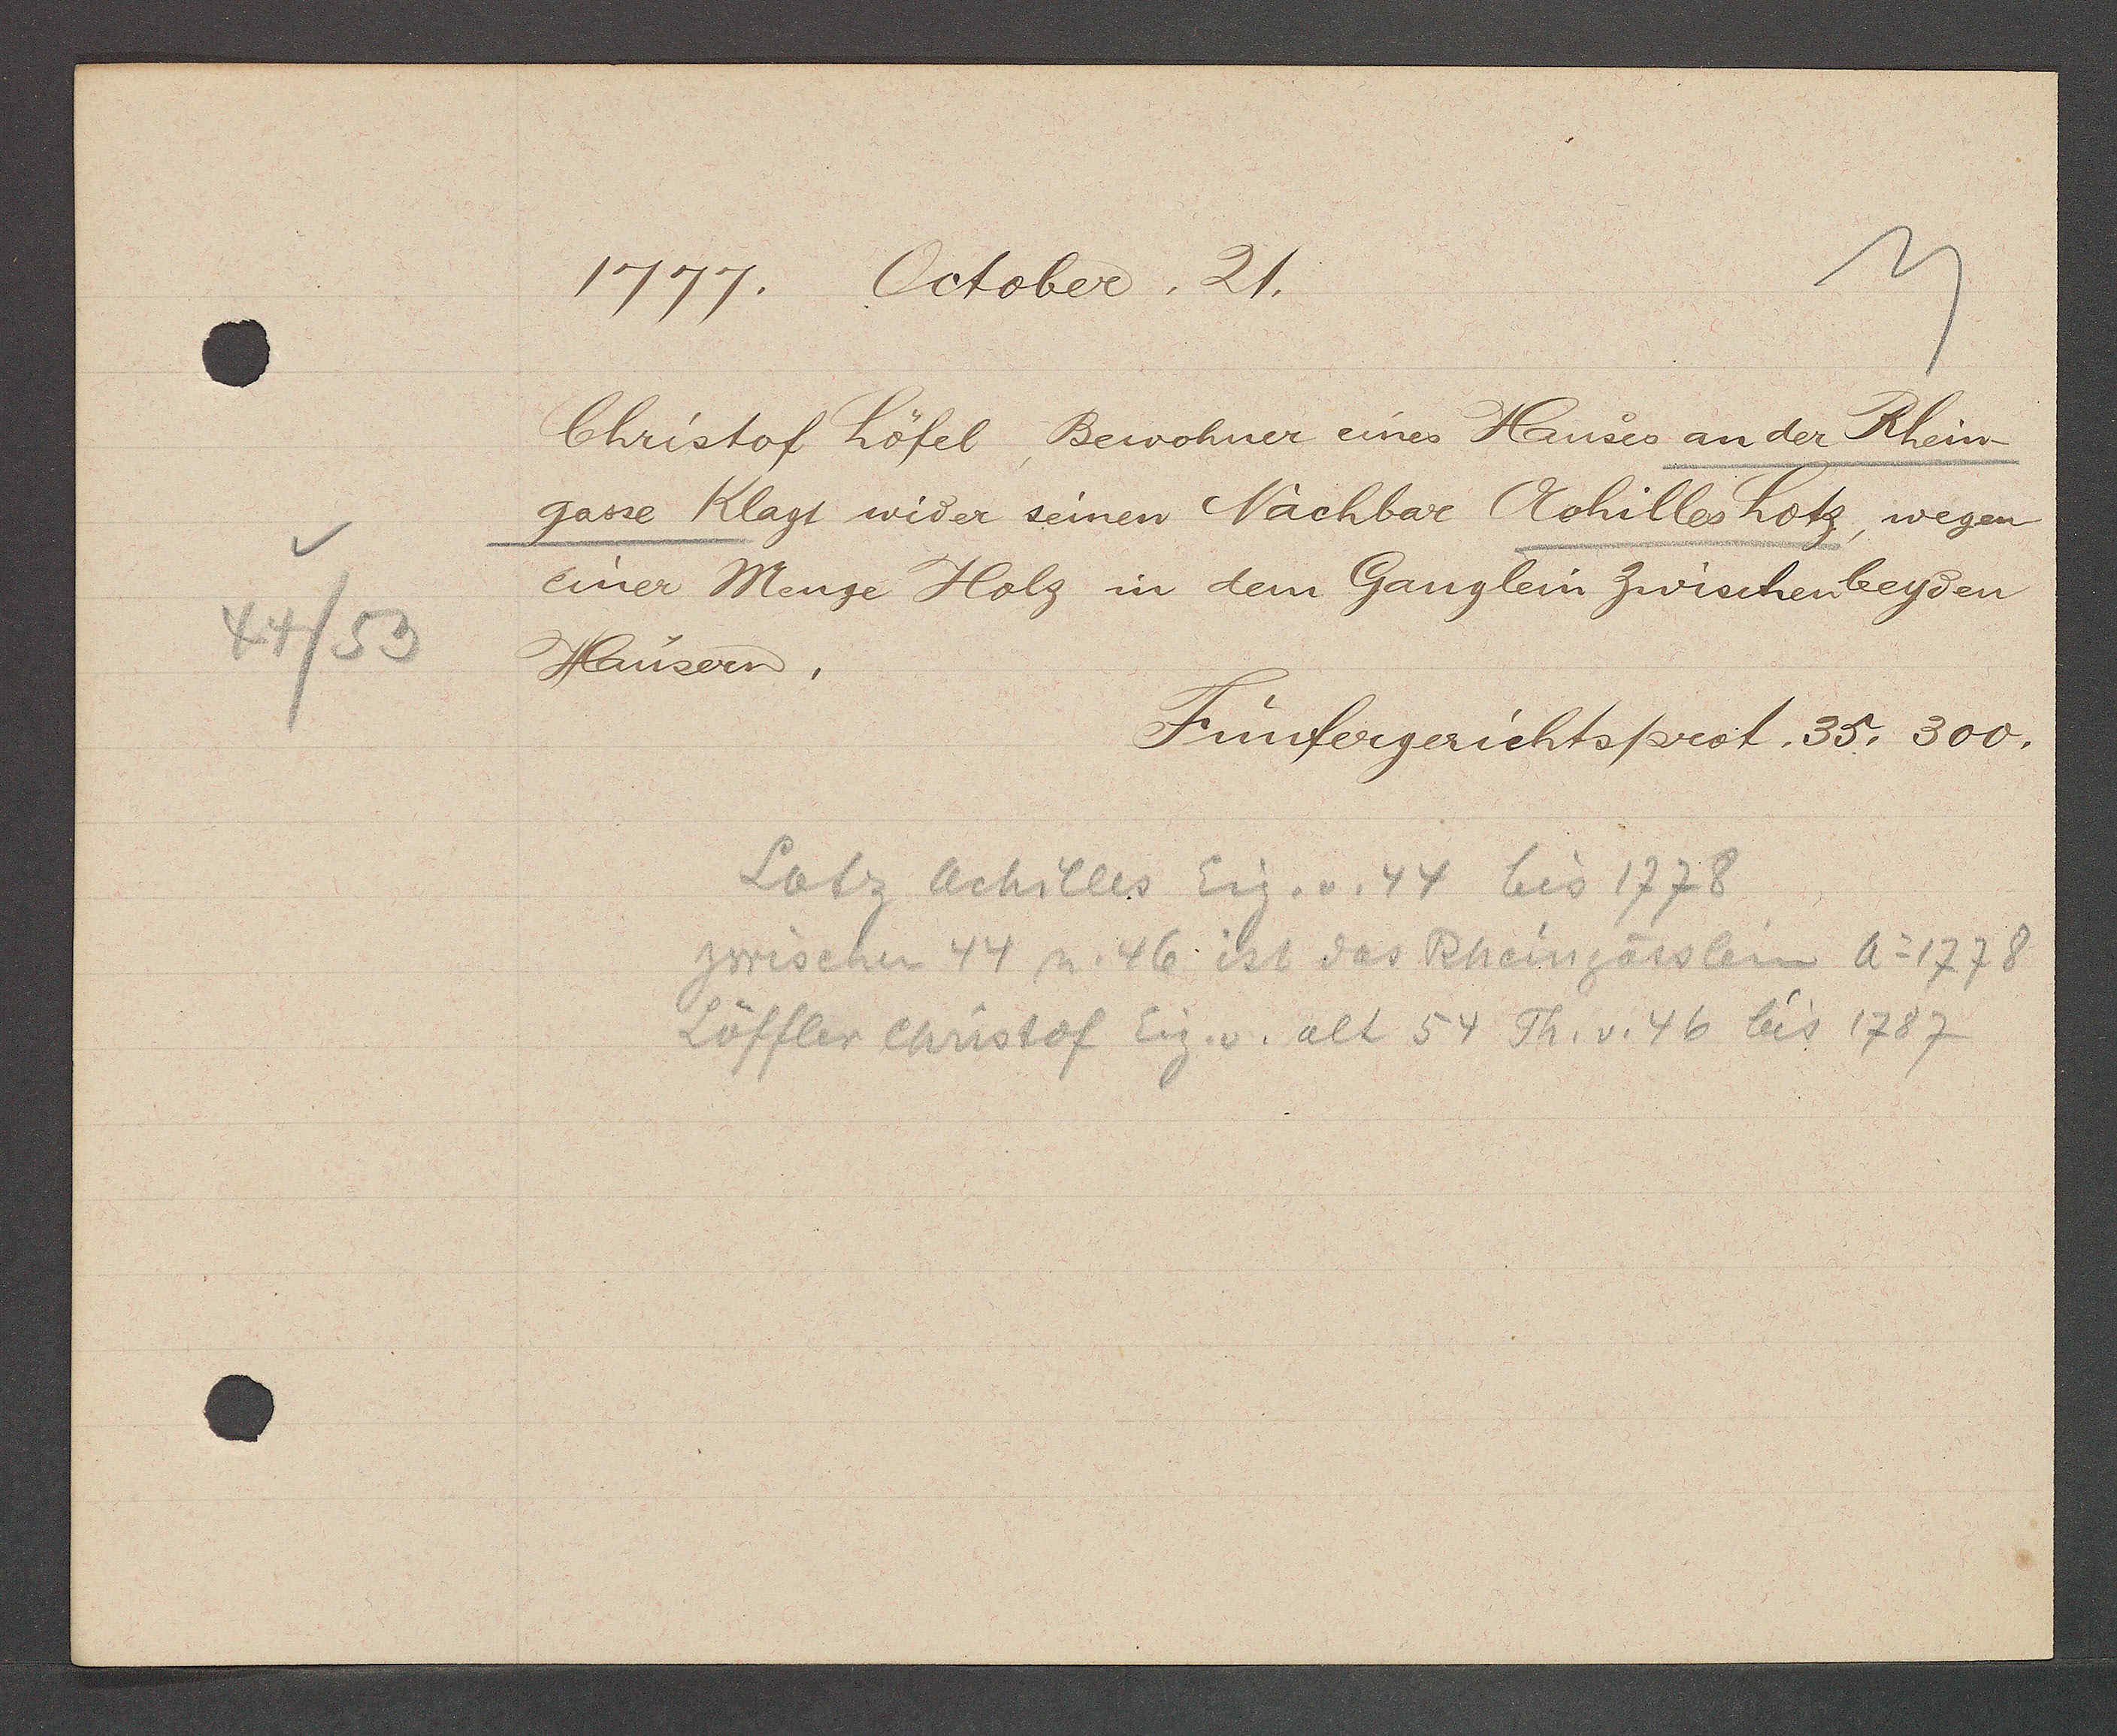
Transcript:
44/53

1777. October. 21.

Christof Löfel, Bewohner eines Hauses an der Rhein¬
gasse Klagt wider seinen Nachbar Achilles Lotz, wegen
einer Menge Holz in dem Ganglein zwischen beyden
Hausern.

Fünfergerichtsprot. 35. 300.

Lotz Achilles Eig. v. 44 bis 1778
zwischen 44 u. 46 Ist der Rheingässlein Ao 1778
Löffler Christof Eig. v. alt 54 Th. v. 46 bis 1787